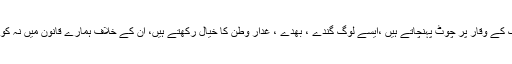
کنگنا مزید کہا کہ’ لیکن کچھ ایسے ہیں جو دیمک کی طرح ہیں، جوملک کے وقار پر چوٹ پہنچاتے ہیں ،ایسے لوگ گندے ، بھدے ، غدار وطن کا خیال رکھتے ہیں، ان کے خلاف ہمارے قانون میں نہ کوئی پینلٹی ہے نہ ہی سزاہے، اس چیز سے مجھے بہت ٹھیس پہنچی ہے۔